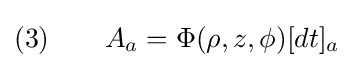
(3)\qquad A_{a}=\Phi (\rho ,z,\phi )[dt]_{a}\;